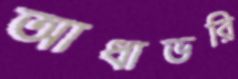
আধাভরি